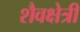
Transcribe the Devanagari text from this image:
शैवक्षेत्री